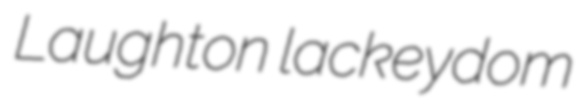
Laughton lackeydom